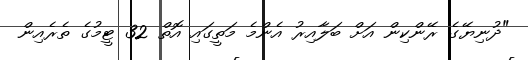
"ދުނިޔޭގެ ރޭންކިން އަށް ބަލާއިރު އެންމެ މަތީގައި އޮތް 32 ޓީމުގެ ތެރެއިން